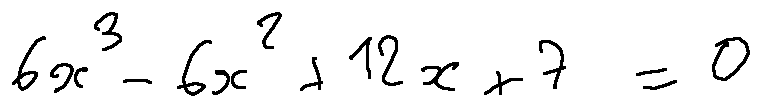
6 x ^ { 3 } - 6 x ^ { 2 } + 1 2 x + 7 = 0